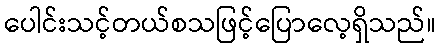
ပေါင်းသင့်တယ်စသဖြင့်ပြောလေ့ရှိသည်။